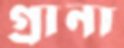
গ্রানা